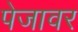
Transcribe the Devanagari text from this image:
पेजावर